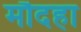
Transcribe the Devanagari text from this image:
मौदहा